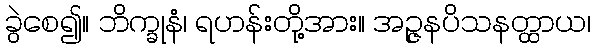
ခွဲစေ၍။ ဘိက္ခုနံ၊ ရဟန်းတို့အား။ အဉ္ဇနပိသနတ္ထာယ၊